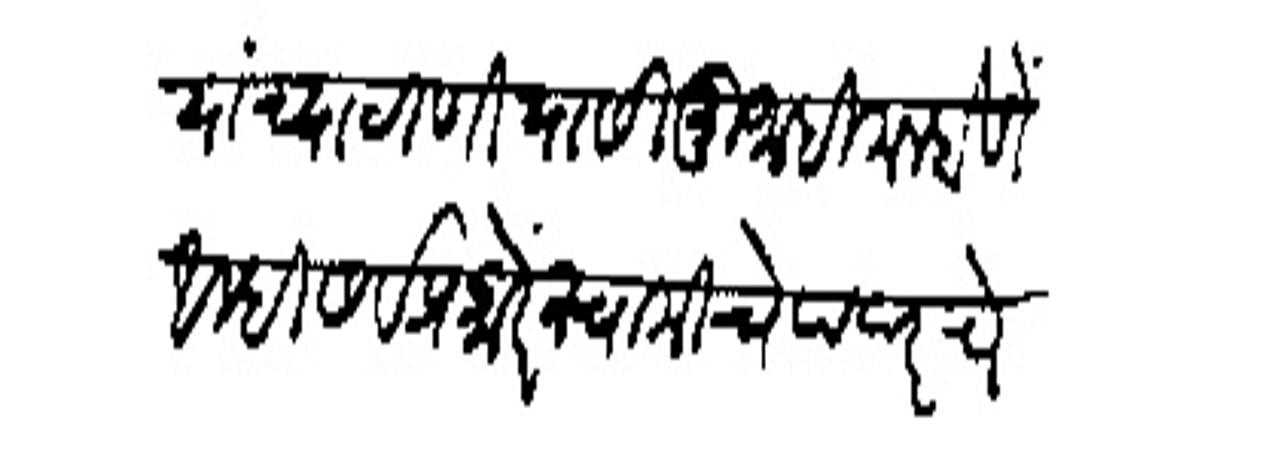
Transliteration (Devanagari): यांच्या ठाणियासी मुजाहिम न होणे अम्ही सर्व प्रकारे स्वामीचे पदरचे